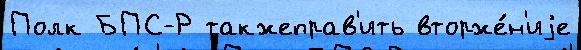
Полк БПС-Р такжеправ'ить вторже́н'иjе